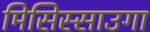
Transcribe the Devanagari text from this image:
मिसिस्साउगा